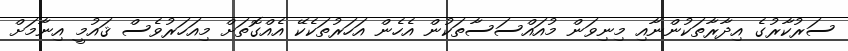
ސަރުކާރުގެ އިދާރާތަކުންނާއި މިނިވަން މުއައްސަސާތަކުން އެހެން އަހަރުތަކެކޭ އެއްގޮތަށް މިއަހަރުވެސް ޤައުމީ އިނާމަށް